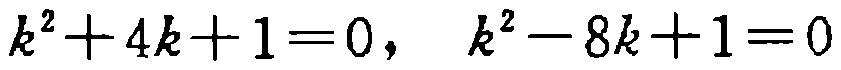
\(k^{2}+4k + 1 = 0,\ k^{2}-8k + 1 = 0\)